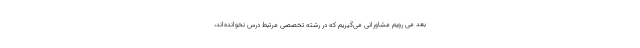
بعد می رویم مشاورانی می‌گیریم که در رشته تخصصی مرتبط درس نخوانده‌اند،